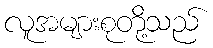
လူအများစုတို့သည်